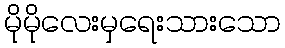
မိုမိုလေးမှရေးသားသော